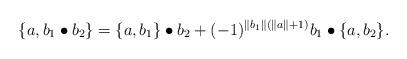
LaTeX: \begin{align*}\{ a, b_1 \bullet b_2 \} = \{ a, b_1 \} \bullet b_2 + (-1)^{\parallel b_1 \parallel (\parallel a \parallel +1)} b_1 \bullet \{ a , b_2 \}.\end{align*}